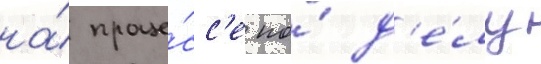
на́ проце́сс'е по́ д'е́лу